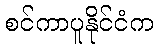
စင်ကာပူနိုင်ငံက